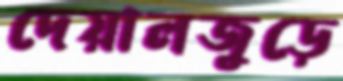
দেয়ালজুড়ে